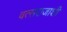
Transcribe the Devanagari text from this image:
वत्सराजाशी